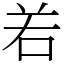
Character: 𠰥